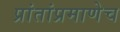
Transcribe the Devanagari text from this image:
प्रांतांप्रमाणेच